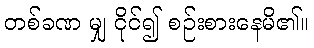
တစ်ခဏ မျှ ငိုင်၍ စဉ်းစားနေမိ၏။